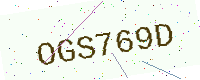
Text: OGS769D